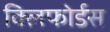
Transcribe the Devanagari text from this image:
क्लिफोर्डस